Report on vaccination in the Province of Bengal - 1869-1873
Year: 1869
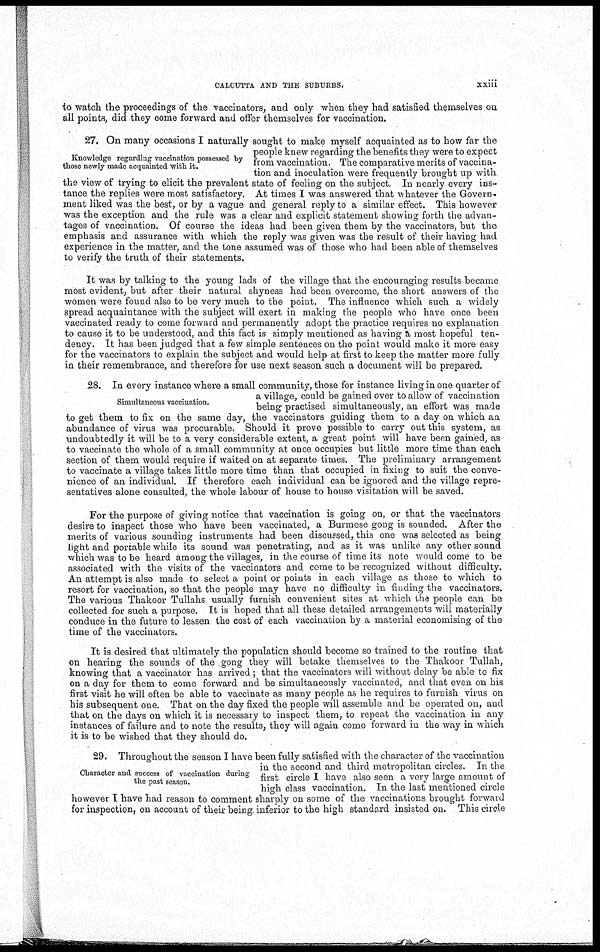
CALCUTTA AND THE SUBURBS.
xxiii
to watch the proceedings of the vaccinators, and only when they had satisfied themselves on
all points, did they come forward and offer themselves for vaccination.
Knowledge regarding vaccination possessed by
those newly made acquainted with it.
27. On many occasions I naturally sought to make myself acquainted as to how far the
people knew regarding the benefits they were to expect
from vaccination. The comparative merits of vaccina-
tion and inoculation were frequently brought up with
the view of trying to elicit the prevalent state of feeling on the subject. In nearly every ins-
tance the replies were most satisfactory. At times I was answered that whatever the Govern-
ment liked was the best, or by a vague and general reply to a similar effect. This however
was the exception and the rule was a clear and explicit statement showing forth the advan-
tages of vaccination. Of course the ideas had been given them by the vaccinators, but the
emphasis and assurance with which the reply was given was the result of their having had
experience in the matter, and the tone assumed was of those who had been able of themselves
to verify the truth of their statements.
It was by talking to the young lads of the village that the encouraging results became
most evident, but after their natural shyness had been overcome, the short answers of the
women were found also to be very much to the point. The influence which such a widely
spread acquaintance with the subject will exert in making the people who have once been
vaccinated ready to come forward and permanently adopt the practice requires no explanation
to cause it to be understood, and this fact is simply mentioned as having a most hopeful ten-
dency. It has been judged that a few simple sentences on the point would make it more easy
for the vaccinators to explain the subject and would help at first to keep the matter more fully
in their remembrance, and therefore for use next season, such a document will be prepared.
Simultaneous vaccination.
28. In every instance where a small community, those for instance living in one quarter of
a village, could be gained over to allow of vaccination
being practised simultaneously, an effort was made
to get them to fix on the same day, the vaccinators guiding them to a day on which an
abundance of virus was procurable. Should it prove possible to carry out this system, as
undoubtedly it will be to a very considerable extent, a great point will have been gained, as
to vaccinate the whole of a small community at once occupies but little more time than each
section of them would require if waited on at separate times. The preliminary arrangement
to vaccinate a village takes little more time than that occupied in fixing to suit the conve-
nience of an individual. If therefore each individual can be ignored and the village repre-
sentatives alone consulted, the whole labour of house to house visitation will be saved.
For the purpose of giving notice that vaccination is going on, or that the vaccinators
desire to inspect those who have been vaccinated, a Burmese gong is sounded. After the
merits of various sounding instruments had been discussed, this one was selected as being
light and portable while its sound was penetrating, and as it was unlike any other sound
which was to be heard among the villages, in the course of time its note would come to be
associated with the visits of the vaccinators and come to be recognized without difficulty.
An attempt is also made to select a point or points in each village as those to which to
resort for vaccination, so that the people may have no difficulty in finding the vaccinators.
The various Thakoor Tullahs usually furnish convenient sites at which the people can be
collected for such a purpose. It is hoped that all these detailed arrangements will materially
conduce in the future to lessen the cost of each vaccination by a material economising of the
time of the vaccinators.
It is desired that ultimately the population should become so trained to the routine that
on hearing the sounds of the gong they will betake themselves to the Thakoor Tullah,
knowing that a vaccinator has arrived ; that the vaccinators will without delay be able to fix
on a day for them to come forward and be simultaneously vaccinated, and that even on his
first visit he will often be able to vaccinate as many people as he requires to furnish virus on
his subsequent one. That on the day fixed the people will assemble and be operated on, and
that on the days on which it is necessary to inspect them, to repeat the vaccination in any
instances of failure and to note the results, they will again come forward in the way in which
it is to be wished that they should do.
Character and success of vaccination during
the past season.
29. Throughout the season I have been fully satisfied with the character of the vaccination
in the second and third metropolitan circles. In the
first circle I have also seen a very large amount of
high class vaccination. In the last mentioned circle
however I have had reason to comment sharply on some of the vaccinations brought forward
for inspection, on account of their being inferior to the high standard insisted on. This circle